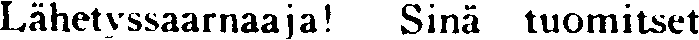
Lähetyssaarnaaja! Sinä tuomitset